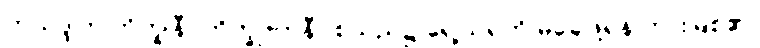
တုသဒ္ဒါက ဘိက္ခုနီ (ဘိက္ခု+ဣနီ) စသည်၌ ရှေ့သရကို မချေဖို့ရန် တားမြစ်၏၊